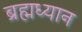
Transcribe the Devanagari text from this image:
ब्रह्मध्यान